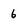
Character: 6